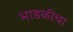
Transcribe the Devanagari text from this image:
भाडळीचा